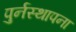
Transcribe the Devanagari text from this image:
पुर्नस्‍थापना